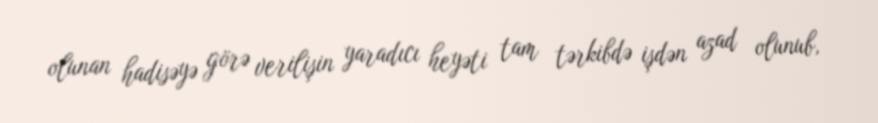
olunan hadisəyə görə verilişin yaradıcı heyəti tam tərkibdə işdən azad olunub,